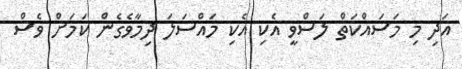
އަދި މި މަސައްކަތް ލަސްވީ އެކި އެކި މައްސަލަ ދިމާވެގެން ކަމަށް ވެސް